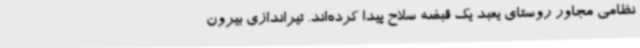
نظامی مجاور روستای یعبد یک قبضه سلاح پیدا کرده‌اند. تیراندازی بیرون